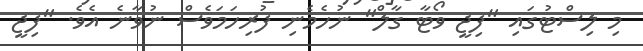
މި ލިސްޓުގައި "ފިޖީ ވޯޓާ ގާލް" ނުހެމެނި ފުރިހަމަވެސް ނުވާނެ އެވެ. "ފިޖީ